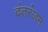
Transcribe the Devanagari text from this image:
दंतरंजन